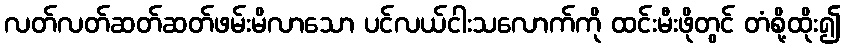
လတ်လတ်ဆတ်ဆတ်ဖမ်းမိလာသော ပင်လယ်ငါးသလောက်ကို ထင်းမီးဖိုတွင် တံစို့ထိုး၍